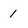
Character: 1